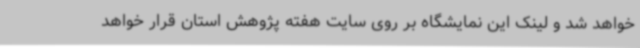
خواهد شد و لینک این نمایشگاه بر روی سایت هفته پژوهش استان قرار خواهد